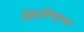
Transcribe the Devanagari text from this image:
सिंहविष्णुच्या